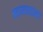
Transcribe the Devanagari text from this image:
नामध्यान।